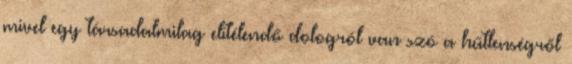
mivel egy társadalmilag elítélendő dologról van szó a hűtlenségről